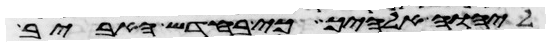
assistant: ליהוה אלהיך כי בחדש האביב